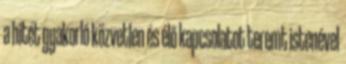
a hitét gyakorló közvetlen és élő kapcsolatot teremt istenével